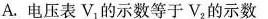
A.电压表V_{1}的示数等于V_{2}的示数